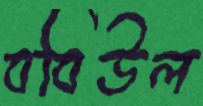
ববিউল